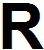
R